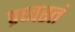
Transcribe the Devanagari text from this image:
प्रध्वस्तं